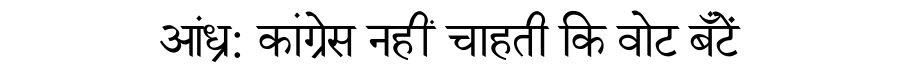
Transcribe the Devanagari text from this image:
आंध्र: कांग्रेस नहीं चाहती कि वोट बँटें